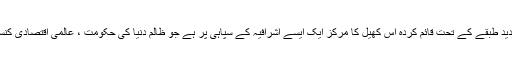
بائیس صدی کے بعد ، ایک جدید طبقے کے تحت قائم کردہ اس کھیل کا مرکز ایک ایسے اشرافیہ کے سپاہی پر ہے جو ظالم دنیا کی حکومت ، عالمی اقتصادی کنسورشیم سے نقائص رکھتا ہے۔